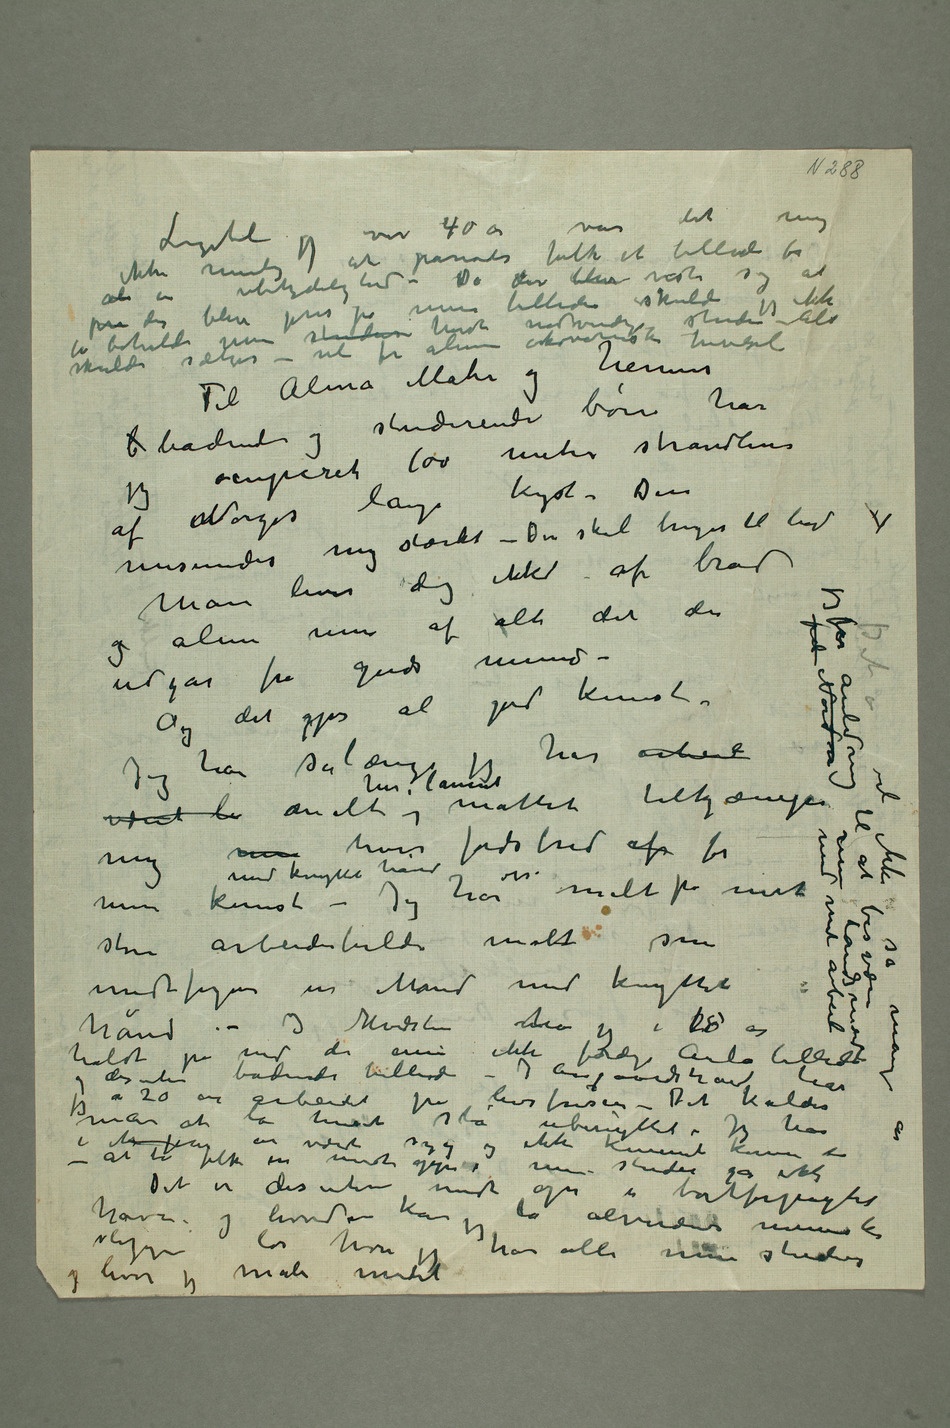
Ligetil jeg var 40 år var det mig
at pånøde folk et billede for
der blev pris på mine billeder skulde jeg ikke få beholde mine studier
Til Alma Mater og hennes b badende
studerende børn har jeg
ocuperet 100 meter strandlinie
af nNorges lange kyst. Den
lever dog ikke af brød og
udgår fra Guds mund
– Og det gjør al god kunst – Jeg har sålænge
jeg har arbeid
hver fodsbred af for min kunst med
store arbeiderbilde malt som
holdt på med det ennu
jeg i 20 år arbeidet på livsfrisen – Det kalder
stå ubenyttet – Jeg har i ett par år været syg
og ikke kunnet komme der – at la folk nu møte opp i mine steder går ikke
Det er desuten  midt opi en bortforpagted
have og hvordan kan jeg la alverdens mennesker
slippe løs hvor jeg har alle mine studier
og hvor jeg maler Det er vel